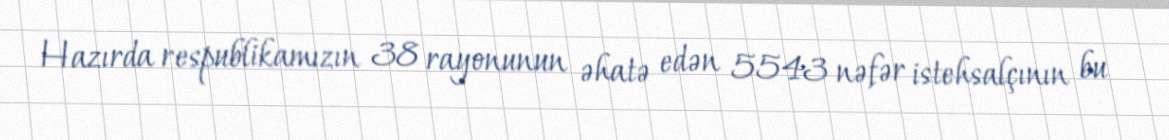
Hazırda respublikamızın 38 rayonunun əhatə edən 5543 nəfər istehsalçının bu